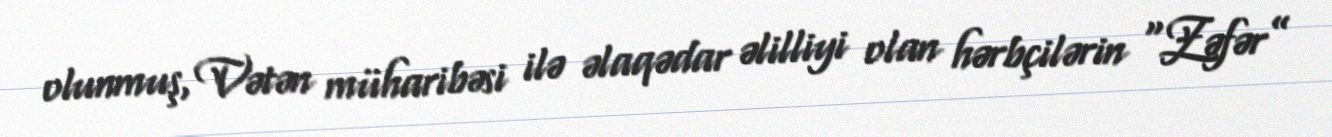
olunmuş, Vətən müharibəsi ilə əlaqədar əlilliyi olan hərbçilərin “Zəfər”